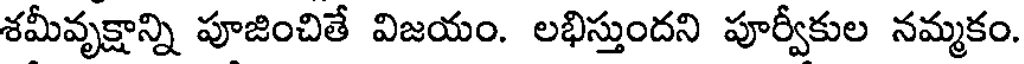
శమీవృక్షాన్ని పూజించితే విజయం. లభిస్తుందని పూర్వీకుల నమ్మకం.